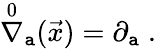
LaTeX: \stackrel{0}{\nabla}_{\mathtt{a}}(\vec{{x}})=\partial_{\mathtt{a}}\; .